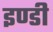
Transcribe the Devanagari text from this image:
इण्डी